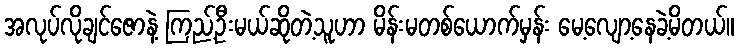
အလုပ်လိုချင်ဇောနဲ့ ကြည့်ဦးမယ်ဆိုတဲ့သူဟာ မိန်းမတစ်ယောက်မှန်း မေ့လျော့နေခဲ့မိတယ်။